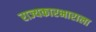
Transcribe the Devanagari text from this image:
राज्यकारभाराला